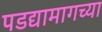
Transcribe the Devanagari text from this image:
पडद्यामागच्या